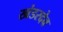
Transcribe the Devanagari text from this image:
खंडरदेव